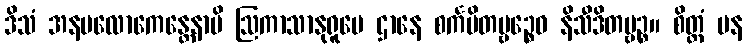
ဒိသံ အနပလောကေန္တေနာပိ ဩကာသာနုရူပေ ဌာနေ စင်္ကမိတဗ္ဗဉ္စေဝ နိသီဒိတဗ္ဗဉ္စ။ စိတ္တံ ပန